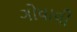
ગોધાવી